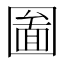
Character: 圗